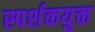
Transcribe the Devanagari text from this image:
स्पर्शकयुक्त